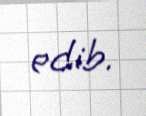
edib.